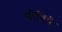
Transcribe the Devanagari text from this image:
बोविये